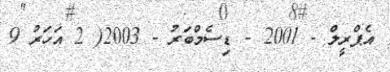
އެޕްރީލް - 2001 - ޑިސެމްބަރު - 2003( 2 އަހަރު 9